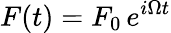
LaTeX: F(t)=F_{0}\, e^{i\Omega t}